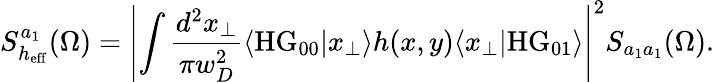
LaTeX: S_{h_{\mathrm{eff}}}^{a_{1}}(\Omega)=\left|\int\frac{d^{2}x_{\perp}}{\pi w_{D}^{2}}\langle\mathrm{HG}_{00}|x_{\perp}\rangle h(x,y)\langle x_{\perp}|\mathrm{HG}_{01}\rangle\right|^{2}S_{a_{1}a_{1}}(\Omega).